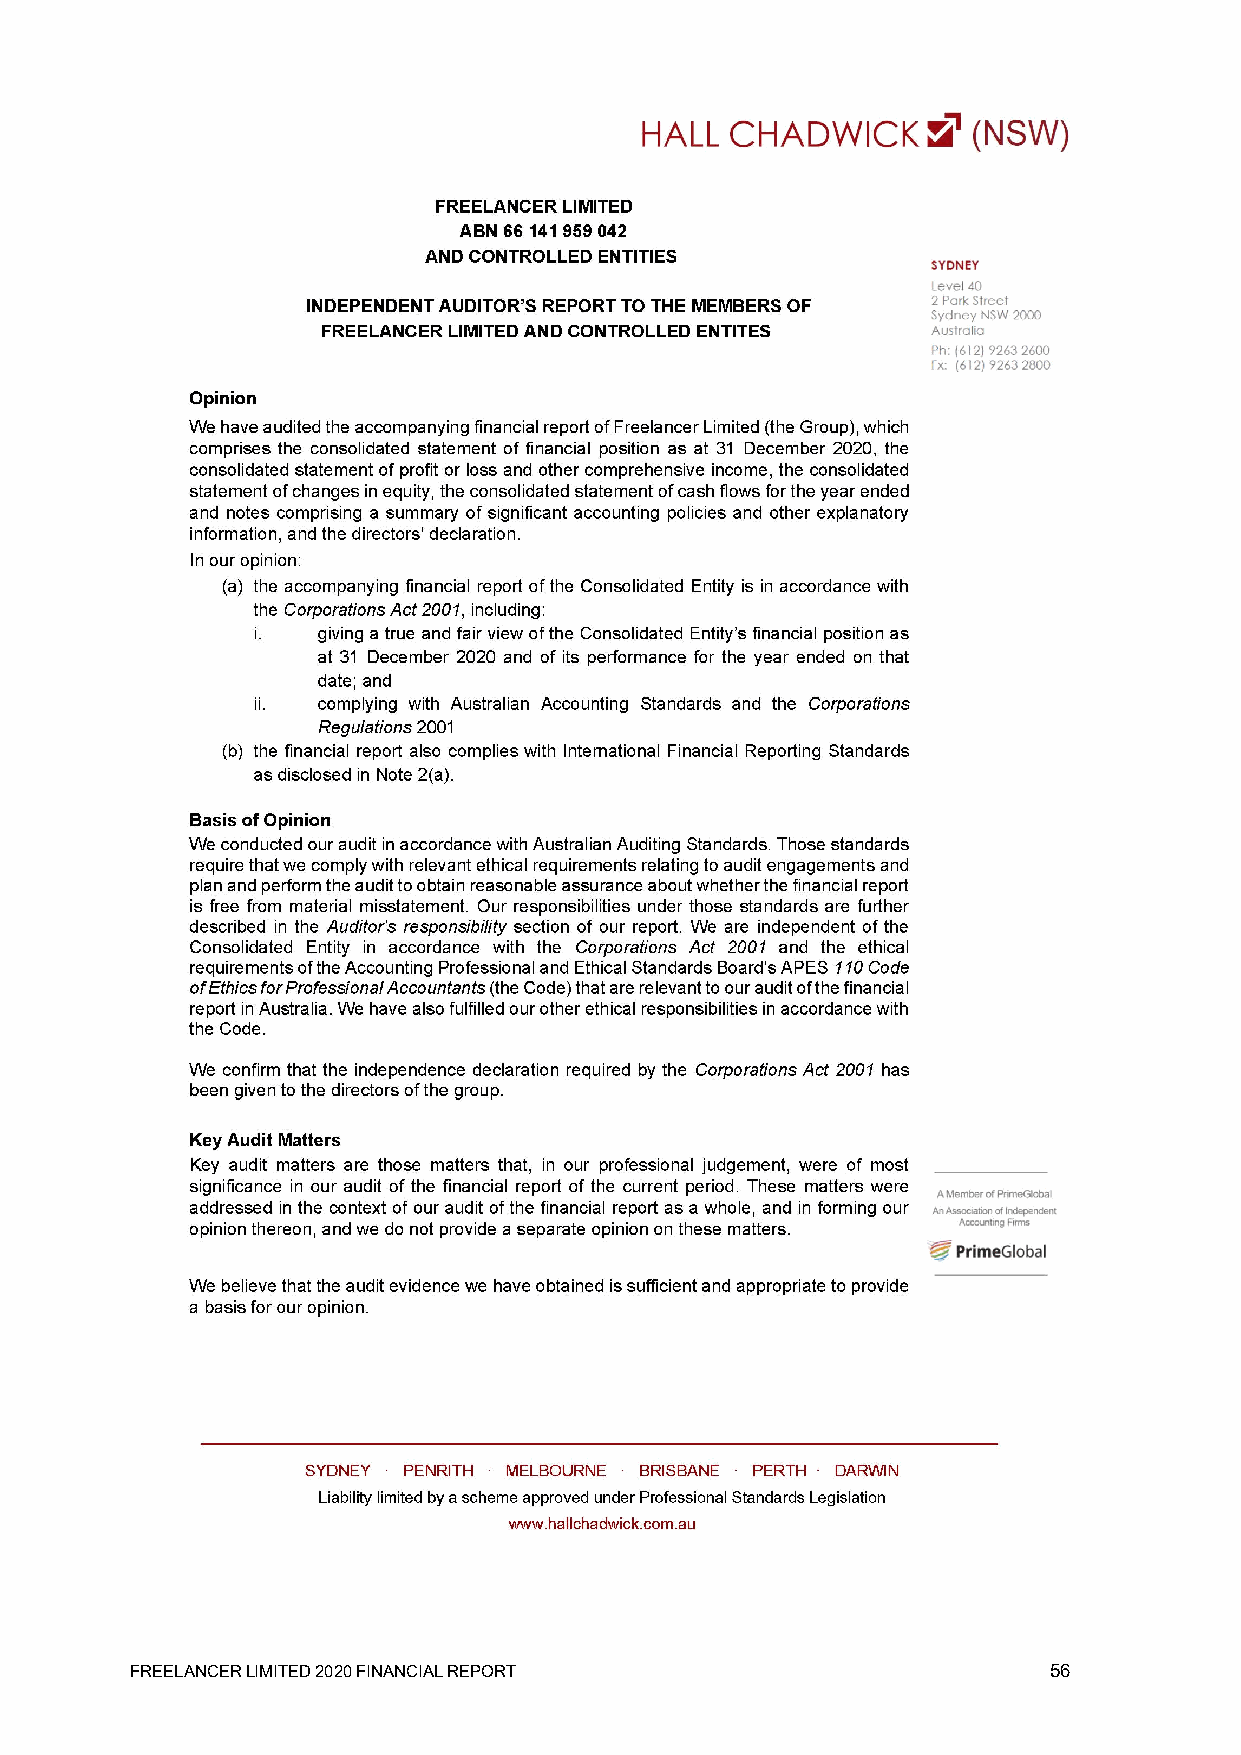
Freelancer Limited
 Independent Auditor’s Report
 FREELANCER LIMITED 2020 FINANCIAL REPORT                    56